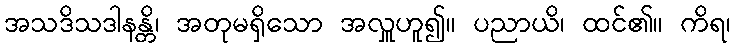
အသဒိသဒါနန္တိ၊ အတုမရှိသော အလှူဟူ၍။ ပညာယိ၊ ထင်၏။ ကိရ၊